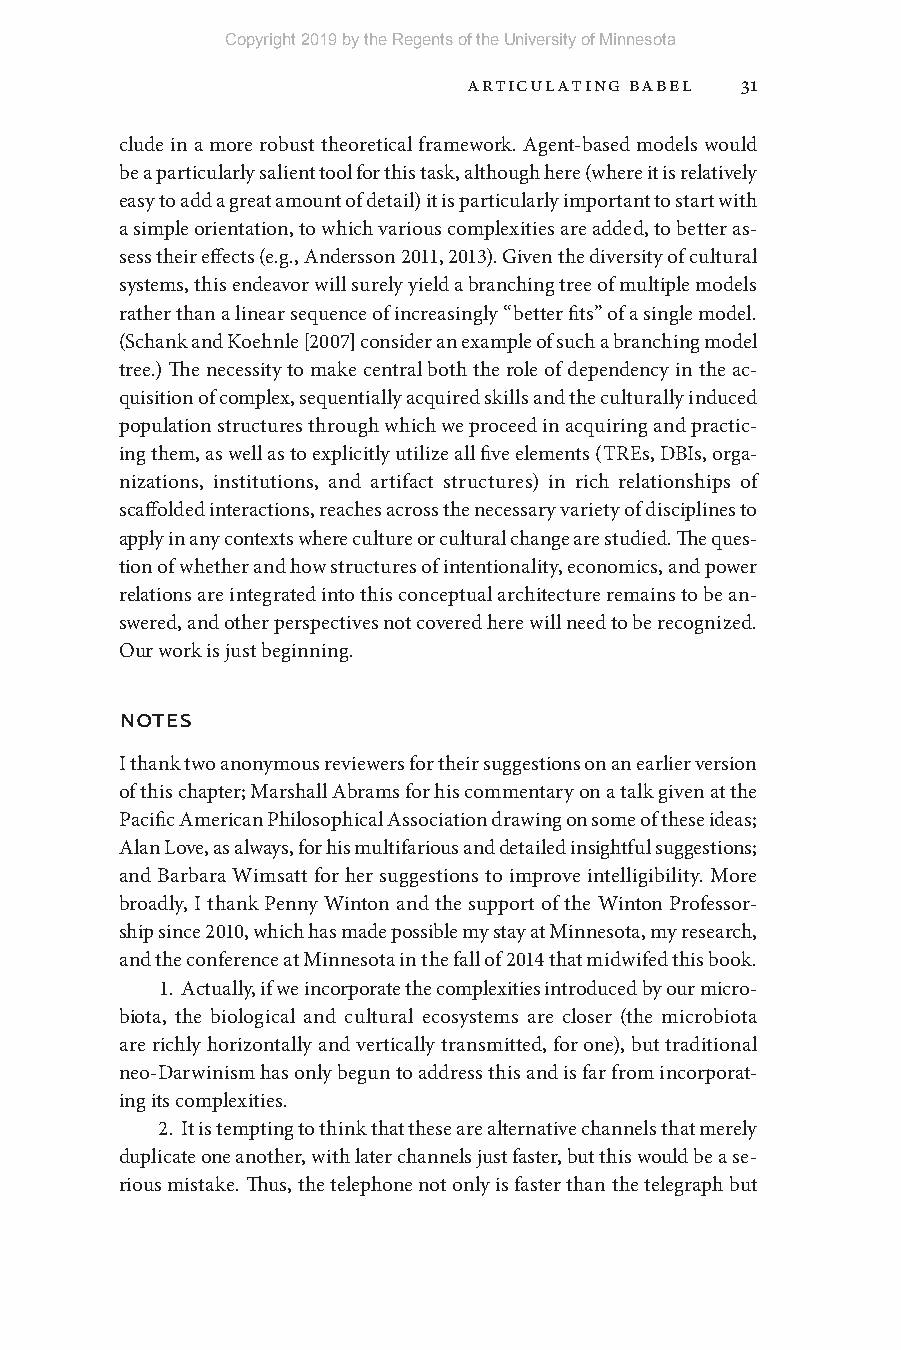
Copyright 2019 by the Regents of the University of Minnesota
 Articulating Babel 31
 clude in a more robust theoretical framework. Agent- based models would
 be a particularly salient tool for this task, although here (where it is relatively
 easy to add a great amount of detail) it is particularly important to start with
 a simple orientation, to which various complexities are added, to better as-
 sess their effects (e.g., Andersson 2011, 2013). Given the diversity of cultural
 systems, this endeavor will surely yield a branching tree of multiple models
 rather than a linear sequence of increasingly “better fits” of a single model.
 (Schank and Koehnle [2007] consider an example of such a branching model
 tree.) The necessity to make central both the role of dependency in the ac-
 quisition of complex, sequentially acquired skills and the culturally induced
 population structures through which we proceed in acquiring and practic-
 ing them, as well as to explicitly utilize all five elements (TREs, DBIs, orga-
 nizations, institutions, and artifact structures) in rich relationships of
 scaffolded interactions, reaches across the necessary variety of disciplines to
 apply in any contexts where culture or cultural change are studied. The ques-
 tion of whether and how structures of intentionality, economics, and power
 relations are integrated into this conceptual architecture remains to be an-
 swered, and other perspectives not covered here will need to be recognized.
 Our work is just beginning.
 notes
 I thank two anonymous reviewers for their suggestions on an earlier version
 of this chapter; Marshall Abrams for his commentary on a talk given at the
 Pacific American Philosophical Association drawing on some of these ideas;
 Alan Love, as always, for his multifarious and detailed insightful suggestions;
 and Barbara Wimsatt for her suggestions to improve intelligibility. More
 broadly, I thank Penny Winton and the support of the Winton Professor-
 ship since 2010, which has made possible my stay at Minnesota, my research,
 and the conference at Minnesota in the fall of 2014 that midwifed this book.
 1. Actually, if we incorporate the complexities introduced by our micro-
 biota, the biological and cultural ecosystems are closer (the microbiota
 are richly horizontally and vertically transmitted, for one), but traditional
 neo- Darwinism has only begun to address this and is far from incorporat-
 ing its complexities.
 2. It is tempting to think that these are alternative channels that merely
 duplicate one another, with later channels just faster, but this would be a se-
 rious mistake. Thus, the telephone not only is faster than the telegraph but